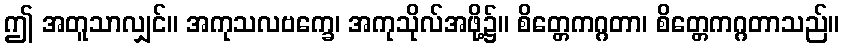
ဤ အတူသာလျှင်။ အကုသလဗက္ခေ၊ အကုသိုလ်အဖို့၌။ စိတ္တေကဂ္ဂတာ၊ စိတ္တေကဂ္ဂတာသည်။